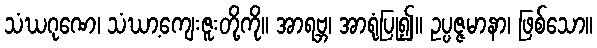
သံဃဂုဏေ၊ သံဃာ့ကျေးဇူးတို့ကို။ အာရဗ္ဘ၊ အာရုံပြု၍။ ဥပ္ပဇ္ဇမာနာ၊ ဖြစ်သော။